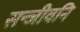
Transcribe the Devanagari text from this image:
सन्जीवनि